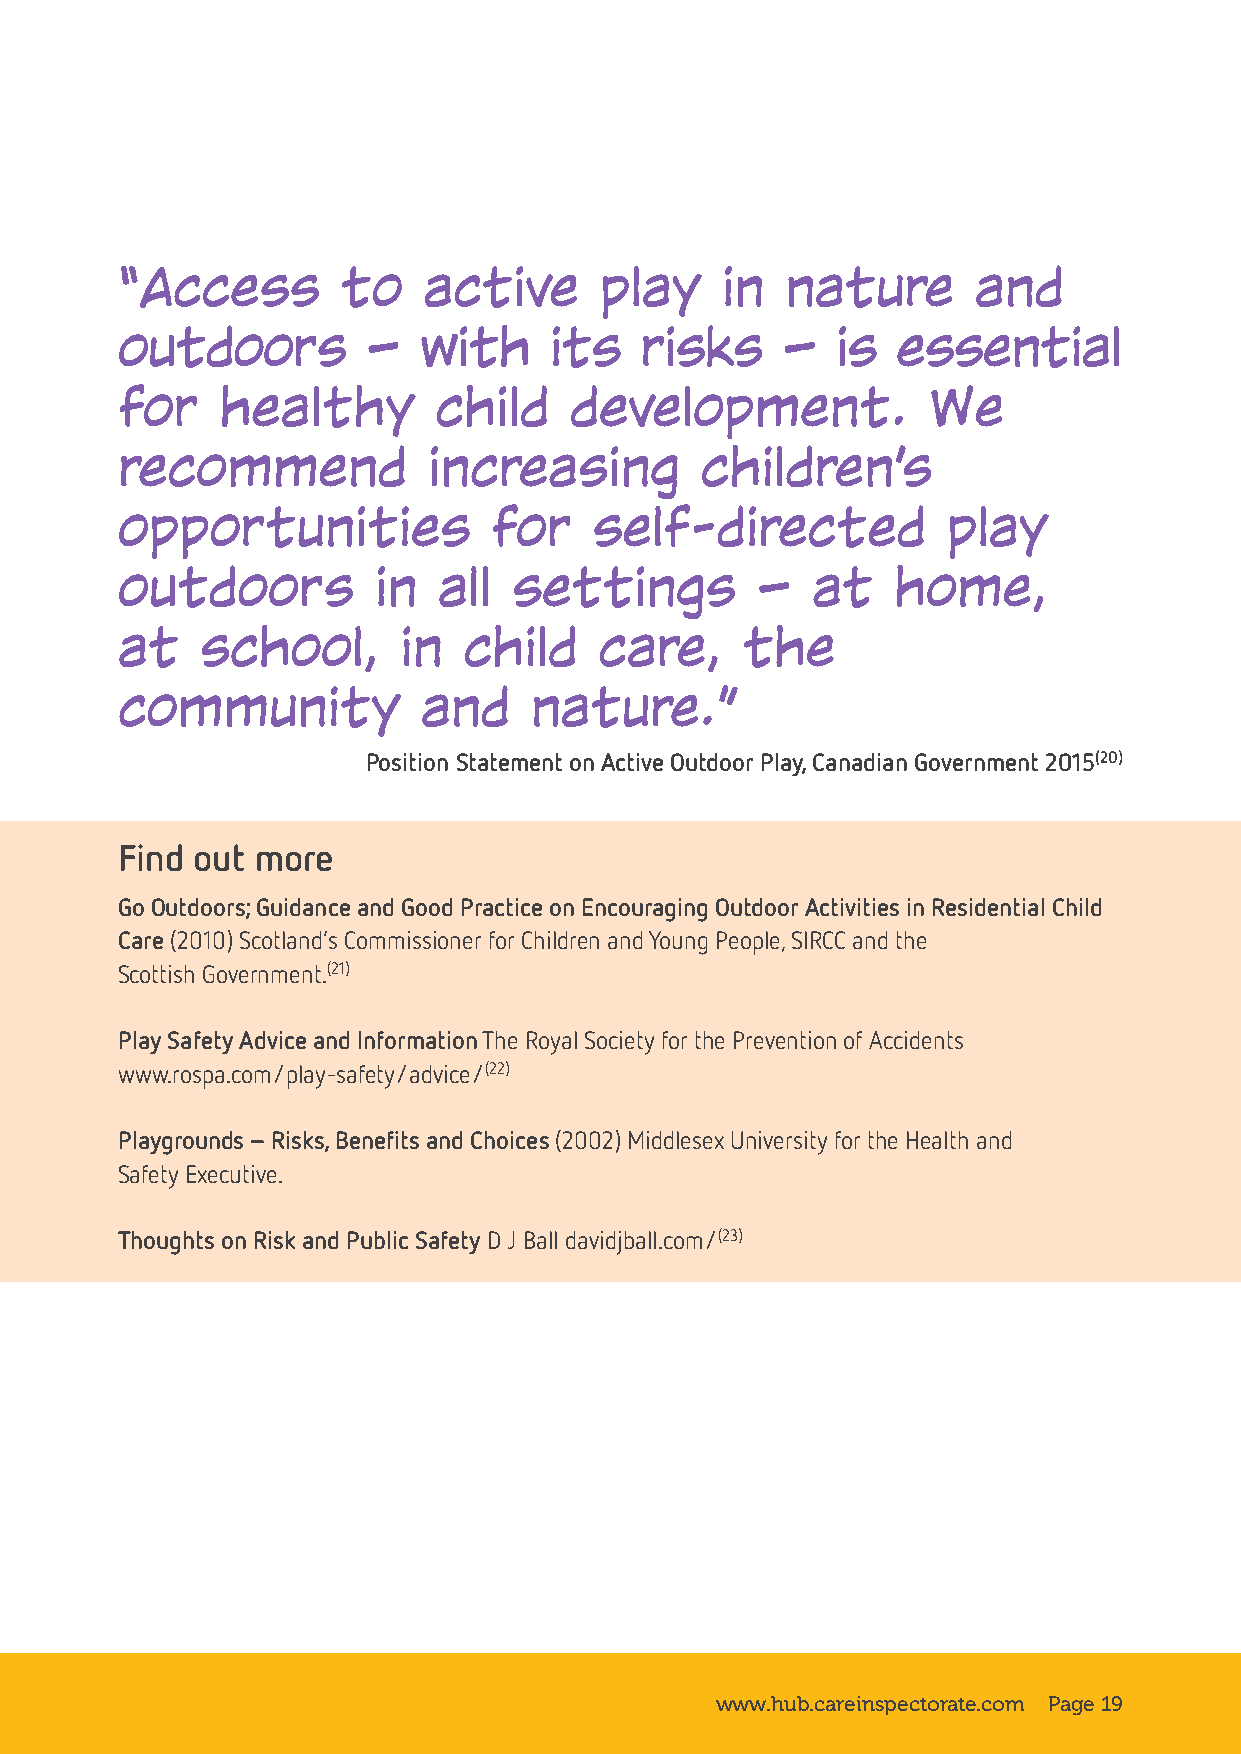
“Access        to   active      play    in  nature       and
 outdoors        —   with    its   risks     —  is  essential
 for    healthy       child    development.           We
 recommend           increasing        children’s
 opportunities            for   self-directed           play
 outdoors         in  all  settings        —   at   home,
 at   school,      in   child    care,    the
 community           and    nature.”
 Position Statement on Active Outdoor Play, Canadian Government 2015(20)
 Find out more
 Go Outdoors; Guidance and Good Practice on Encouraging Outdoor Activities in Residential Child
 Care (2010) Scotland’s Commissioner for Children and Young People, SIRCC and the
 Scottish Government.(21)
 Play Safety Advice and Information The Royal Society for the Prevention of Accidents
 www.rospa.com/play-safety/advice/(22)
 Playgrounds – Risks, Benefits and Choices (2002) Middlesex University for the Health and
 Safety Executive.
 Thoughts on Risk and Public Safety D J Ball davidjball.com/(23)
 www.hub.careinspectorate.com Page 19